Lunatic asylums United Prov. 1922-30 - 1922-1930
Year: 1922
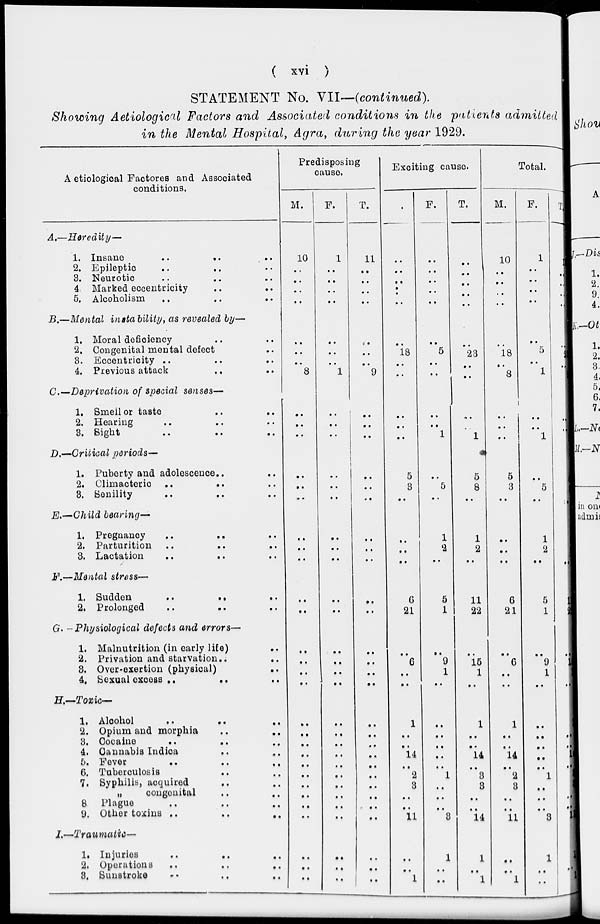
( xvi )
STATEMENT No. VII—(continued).
Showing Aetiological Factors and Associated conditions in the patients admitted
in the Mental Hospital, Agra, during the year 1929.
Aetiological Factores and Associated
conditions.
A.—
B.—
C.—
D.—
E.—
F.—
G.—
H.—
I.—
Heredity—
1. Insane
..
.. ..
2. Epileptic .. .. ..
3. Neurotic .. .. ..
4. Marked eccentricity .. ..
5. Alcoholism .. .. ..
Mental instability, as revealed by—
1. Moral deficiency .. ..
2. Congenital mental defect ..
3. Eccentricity .. .. ..
4. Previous attack .. ..
Deprivation of special senses—
1. Smell or taste .. ..
2. Hearing .. .. ..
3. Sight .. .. ..
Critical periods—
1. Puberty and adolescence .. ..
2. Climacteric .. .. ..
3. Senility .. .. ..
Child bearing—
1. Pregnancy .. .. ..
2. Parturition .. .. ..
3. Lactation .. .. ..
Mental stress—
1. Sudden
..
..
..
2. Prolonged .. .. ..
Physiological defects and errors—
1. Malnutrition (in early life) ..
2. Privation and starvation .. ..
3. Over-exertion (physical)
..
4. Sexual excess ..
..
..
Toxic—
1. Alcohol
.. .. ..
2. Opium and morphia .. ..
3. Cocaine .. ..
4. Cannabis Indica .. ..
5. Fever .. .. ..
6. Tuberculosis .. ..
7. Syphilis, acquired .. ..
„
congenital .. ..
8. Plague .. .. ..
9. Other toxins ..
..
..
Traumatic—
1. Injuries .. .. ..
2. Operations .. .. ..
3. Sunstroke .. .. ..
Predisposing
cause.
M.
10
..
..
..
..
..
..
..
8
..
..
..
..
..
..
..
..
..
..
..
..
..
..
..
..
..
..
..
..
..
..
..
..
..
..
..
..
F.
1
..
..
..
..
..
..
..
1
..
..
..
..
..
..
..
..
..
..
..
..
..
..
..
..
..
..
..
..
..
..
..
..
..
..
..
..
T.
11
..
..
..
..
..
..
..
9
..
..
..
..
..
..
..
..
..
..
..
..
..
..
..
..
..
..
..
..
..
..
..
..
..
..
..
..
Exciting cause.
M.
..
..
..
..
..
..
18
..
..
..
..
..
5
3
..
..
..
..
6
21
..
6
..
..
1
..
..
14
..
2
3
..
..
11
..
..
1
F.
..
..
..
..
..
..
5
..
..
..
..
1
..
5
..
1
2
..
5
1
..
9
1
..
..
..
..
..
..
1
..
..
..
3
1
..
..
T.
..
..
..
..
..
..
23
..
..
..
..
1
5
8
..
1
2
..
11
22
..
15
1
..
1
..
..
14
..
3
3
..
..
14
1
..
1
Total.
M.
10
..
..
..
..
..
18
..
8
..
..
..
5
3
..
..
..
..
6
21
..
6
..
..
1
..
..
14
..
2
3
..
..
11
..
..
1
F.
1
..
..
..
..
..
5
..
1
..
..
1
..
5
..
1
2
..
5
1
..
9
1
..
..
..
..
..
..
1
..
..
..
3
1
..
..
T.
11
..
..
..
..
..
23
..
9
..
..
1
5
8
..
1
2
..
11
22
..
15
1
..
1
..
..
14
..
3
3
..
..
14
1
..
1